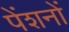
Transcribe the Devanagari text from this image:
पेंशनों